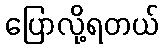
ပြောလို့ရတယ်